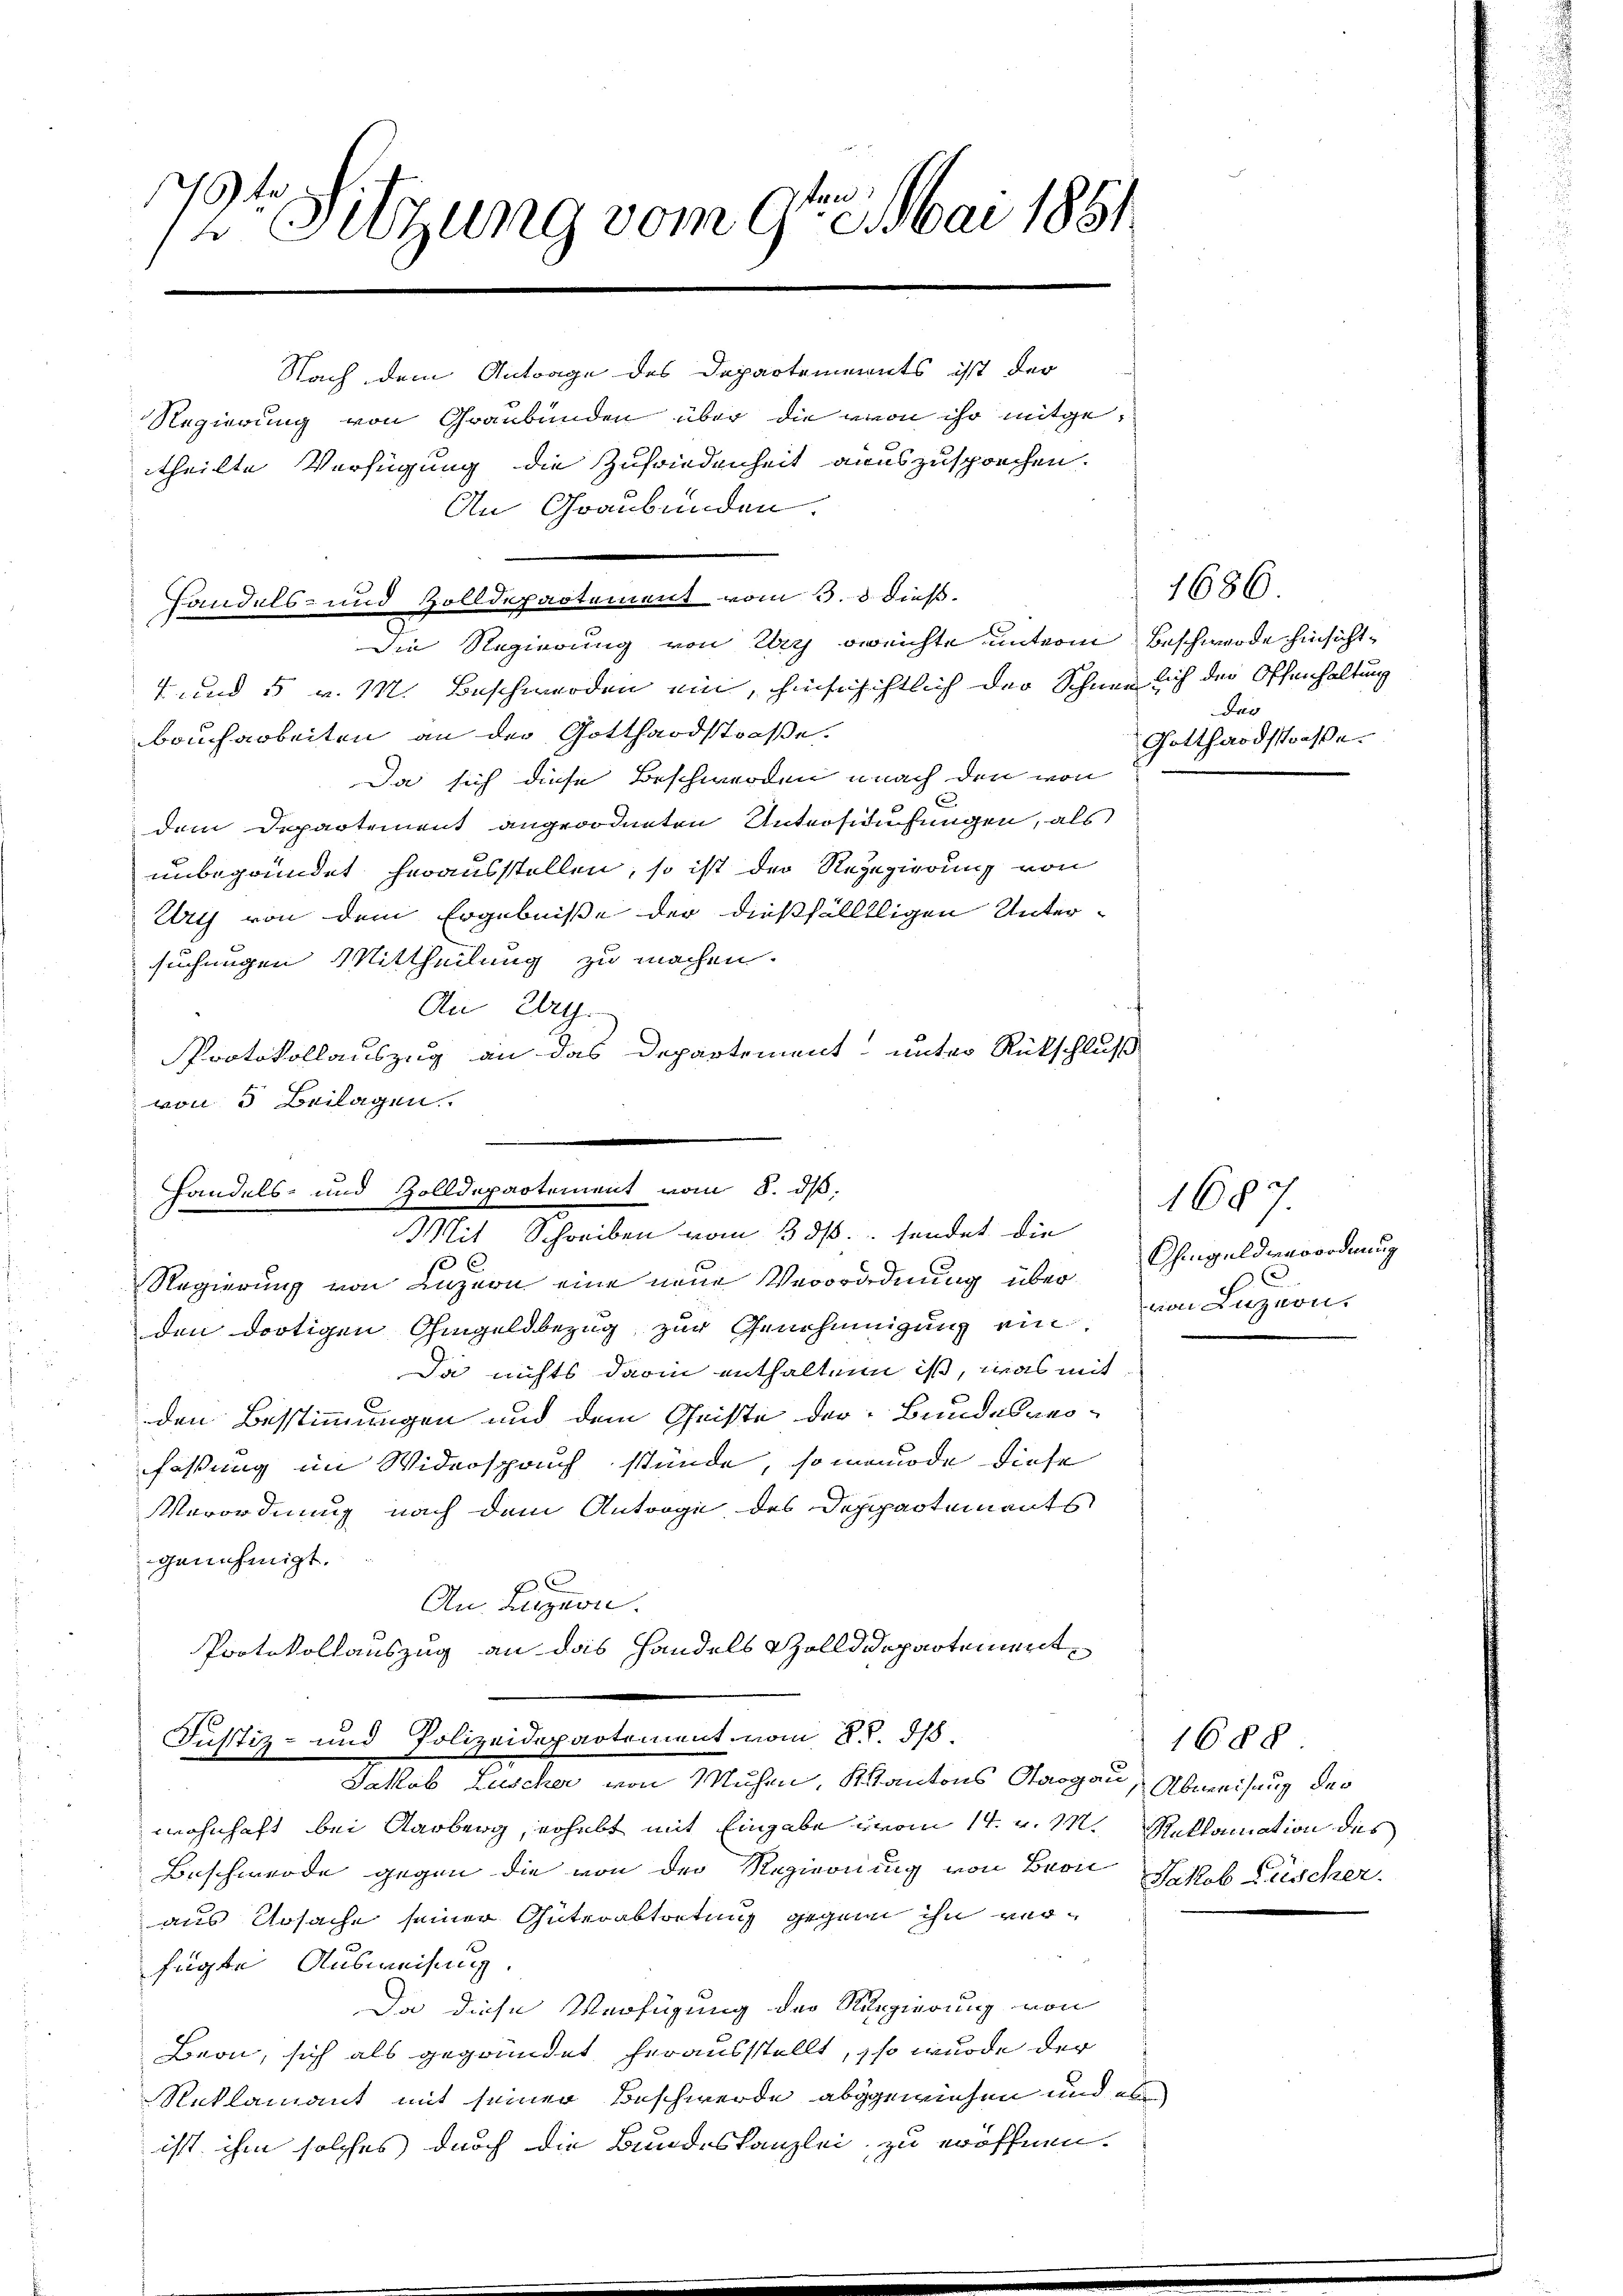
3f.
12 Setzung vom 9ten Mai 1851
Nach dem Antrage des Departements ist der
Regierung von Graubünden über die von ihr mitgetheilte Verfügung die Zufriedenheit auszusprechen.
An Graubünden.

4 und 5 v. M. Beschwerden ein, hinschichtlich der Schnelich der Offenhaltung
brucharbeiten an der Gotthardstraße.
Da sich diese Beschwerden nach den von
x
dem Departement angeordneten Unterstufungen, als
unbegründet herausstellen, so ist der Rezegierung von
Ury von dem Ergebniße der dießfälllligen Untersuchungen Mittheilung zu machen.
An Zug.
Protokollauszug an das Departement unter Rückschluß
von 5 Beilagen.

Handels- und Zolldepartement vom 3. d. dieß.
die Regierung von Uri bereichte unterm Beschwerde hinsicht¬

Handels- und Zolldepartement vom 8. dβ,
Mit Schreiben vom 3. ds. sendet die
Regierung von Luzern eine neue Verordnung über Ohmgeld verordnung

den dortigen Ohmgeldbezug zur Genehmigung ein von Luzern
Da nichts darin enthalten ist, was mit
den Bestimmungen und dem Geiste der Bundesgesfassung im Widerspruch stünde, so menode diese
Verordnung nach dem Antrage des Deppartements
genehmigt.
l
An Luzern.
Protokollauszug an das Handels Zolldepartement
Justiz- und Polizeidepartement vom 8. d. 318
Jakob Luscher von Muhen, Kantons Aargau, Abweisung der
wohnhaft bei Aarberg, erhebt mit Eingabe vom 14. v. M. Reklamation des
Beschwerde gegen die von der Regierung von Bern Jakob Fischer
aus Ursache seiner Güterabtretung gegen ihn verfügte Ausweisung.
Da diese Verfügung der Regierung von
Beon, sich als gegründet herausstellt, so wurde der
Reklamant mit seiner Beschwerde abgewiesen und es
ist ihm solches durch die Bundeskanzlei, zu eröffnen.

1686
Das
Gotthardstraße.

1687.

1688